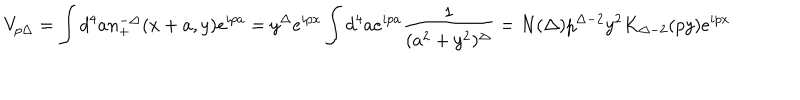
LaTeX: V _ { p \Delta } = \int d ^ { 4 } a n _ { + } ^ { - \Delta } ( x + a , y ) e ^ { i p a } = y ^ { \Delta } e ^ { i p x } \int d ^ { 4 } a e ^ { i p a } \frac { 1 } { ( a ^ { 2 } + y ^ { 2 } ) ^ { \Delta } } = N ( \Delta ) p ^ { \Delta - 2 } y ^ { 2 } K _ { \Delta - 2 } ( p y ) e ^ { i p x }